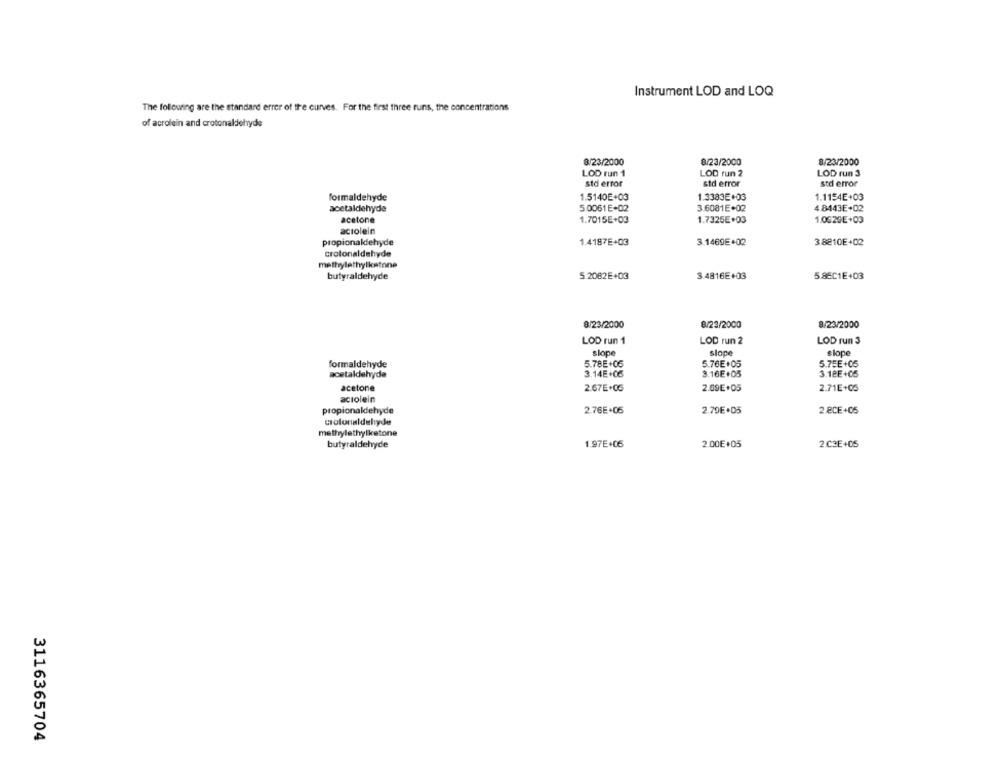
Instrument LOD and LOQ
The following are the standard error of the curves. For the first three runs, the concentrations
of acrolein and crotonaldehyde
8/23/2000
8/23/2000
8/23/2000
LOD run 1
LOD run 2
LOD run 3
std error
std error
std error
formaldehyde
1.5140E+03
1.3383E+03
1.1154E+03
acetaldehyde
5.0061 E+02
3.6081E+02
4 8443E+02
acetone
1.7015E+03
1.7325E+03
1.0529E+03
actolein
propionaldehyde
1.4187E+03
3.1469E+02
3.8210E+02
crotonaldehyde
methylethylkatone
butyraldehyde
5.2082E+03
3.4816E+03
5.85C1E+03
8/23/2000
8/23/2000
8/23/2000
LOD run 1
LOD run 2
LOD run 3
slope
slope
slope
formaldehyde
5.78E+06
5.76E+05
5.75E+05
acetaldehyde
3.14E+06
3.16E+05
3.12E+05
acetone
2.67E+06
2.69E+05
2.71E+05
acrolein
propionaldehyde
2.76E+06
2.70E.05
2 8CE+05
colonaldehyde
methylethylketone
butyraldehyde
1.97E+06
2.00€+05
2 C3E+05
3116365704